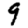
Digit: 9